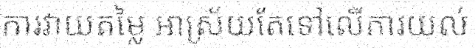
ការវាយតម្លៃ អាស្រ័យតែទៅលើការយល់